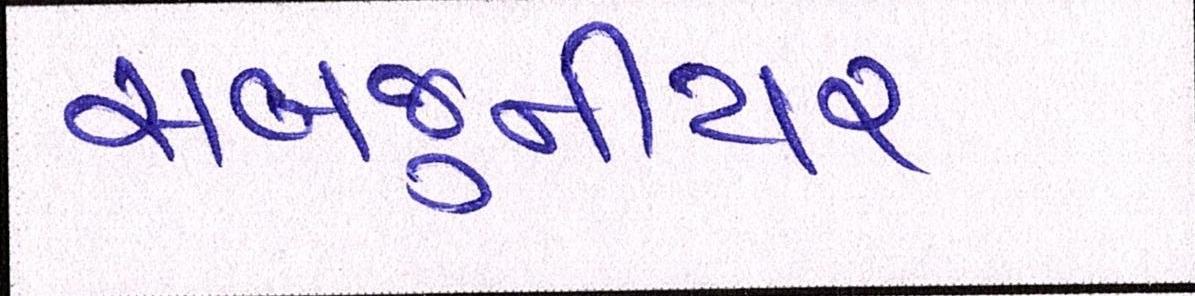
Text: સબજુનીયર